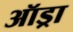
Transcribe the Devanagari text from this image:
ऑड्रा